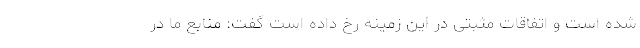
شده است و اتفاقات مثبتی در این زمینه رخ داده است گفت: منابع ما در